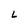
Character: L